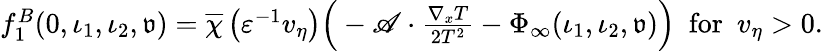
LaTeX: \begin{array}{r}{f_{1}^{B}(0,\iota_{1},\iota_{2},{\mathfrak{v}})=\overline{{\chi}}\left(\varepsilon^{-1}v_{\eta}\right)\Big(-\mathscr{A}\cdot\frac{\nabla_{x}T}{2T^{2}}-\Phi_{\infty}(\iota_{1},\iota_{2},{\mathfrak{v}})\Big)\ \ \mathrm{for}\ \ v_{\eta}>0.}\end{array}